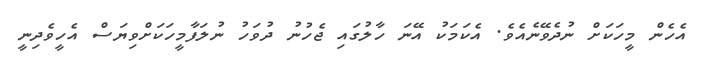
އެހެން މީހަކަށް ނުދެވޭނެއެވެ. އެކަމަކު އޭނަ ހާލުގައި ޖެހުނު ދުވަހު ނުލަފާމީހަކަށްވިޔަސް އެހީވެދިނީ